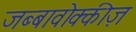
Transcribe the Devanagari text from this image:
जब्बावोक्कीज़